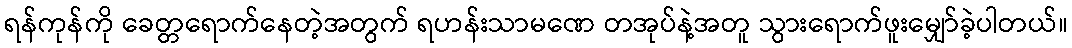
ရန်ကုန်ကို ခေတ္တရောက်နေတဲ့အတွက် ရဟန်းသာမဏေ တအုပ်နဲ့အတူ သွားရောက်ဖူးမျှော်ခဲ့ပါတယ်။